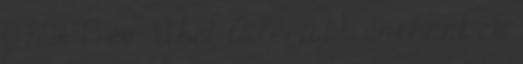
0 5416 13 év 39 hét A legjobb enchant-ek